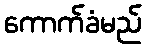
ကောက်ခံမည်